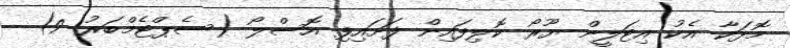
މޮޅަކާ އެކު އިޓަލީން ޔޫރޯ ކޮލިފައިން ފަށައިފި އޮސްލޯ (ސެޕްޓެމްބަރު 9) -